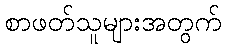
စာဖတ်သူများအတွက်